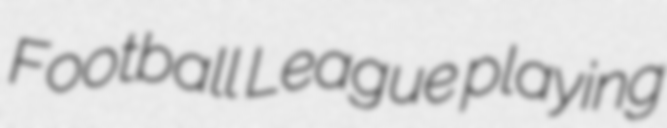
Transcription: Football League playing